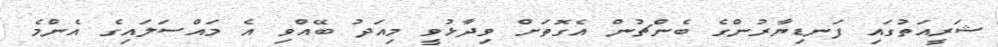
ޝަރީއަތުގައި ފަނޑިޔާރުންގެ ބެންޗުން އެގޮތަށް ވިދާޅުވީ މިއަދު ބޭއްވި އެ މައްސަލައިގެ އެންމެ